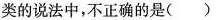
类的说法中，不正确的是( )